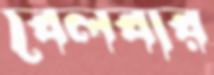
বেলবার